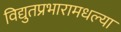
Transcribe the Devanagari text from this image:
विद्युतप्रभारामधल्या